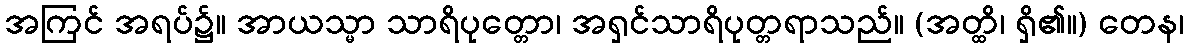
အကြင် အရပ်၌။ အာယသ္မာ သာရိပုတ္တော၊ အရှင်သာရိပုတ္တရာသည်။ (အတ္ထိ၊ ရှိ၏။) တေန၊